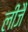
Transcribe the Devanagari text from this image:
लीजै